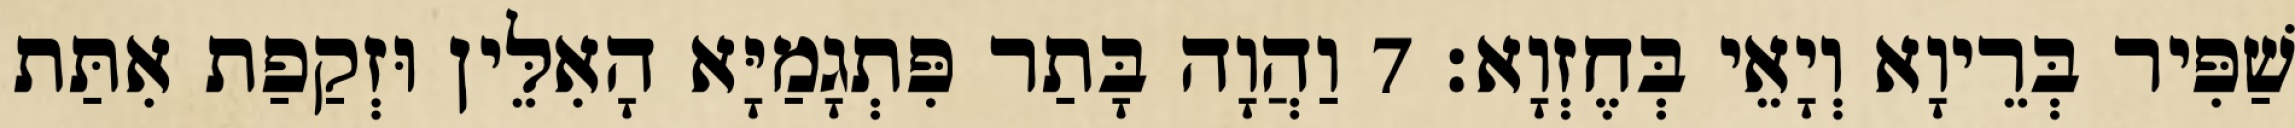
שַׁפִּיר בְּרֵיוָא וְיָאֵי בְּחֶזְוָא׃ 7 וַהֲוָה בָּתַר פִּתְגָמַיָּא הָאִלֵּין וּזְקַפַת אִתַּת